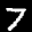
Label: 7